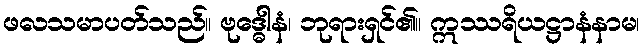
ဖလသမာပတ်သည်။ ဗုဒ္ဓေါနံ၊ ဘုရားရှင်၏။ ဣဿရိယဋ္ဌာနံနာမ၊